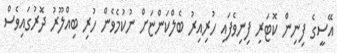
އޭސީގެ ފިނިން ކޮޓަރި ފިނިވެފައި ހުރިއިރު ބެލްކަންޏަށް ނުކުމެވެން ހުރި ބިއްލޫރު ދޮރުގައިވެސް